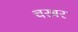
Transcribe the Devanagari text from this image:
चरबर